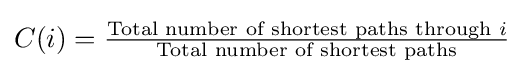
C(i)={\tfrac {{\text{Total number of shortest paths through }}i}{\text{Total number of shortest paths}}}